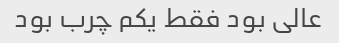
عالی بود فقط یکم چرب بود